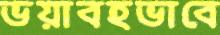
ভয়াবহভাবে